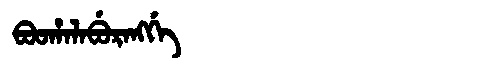
Manchu: ᠪᠣᠣᡥᠠᠯᠠᠪᡠᡵᠠᠩᡤᡝ
Romanization: BOOHALABURANGGE